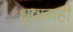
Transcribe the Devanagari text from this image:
धूपछाहीं